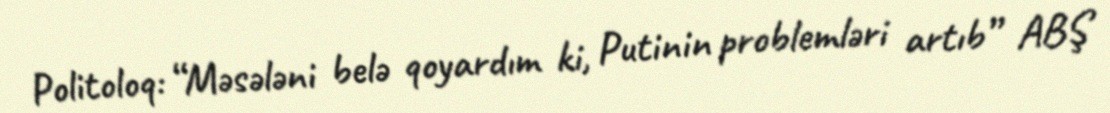
Politoloq: “Məsələni belə qoyardım ki, Putinin problemləri artıb” ABŞ